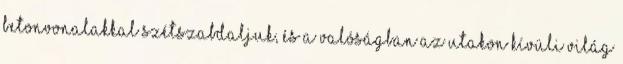
betonvonalakkal szétszabdaljuk, és a valóságban az utakon kívüli világ